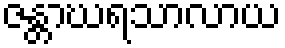
ဇန္တာဃရသာလာယ